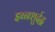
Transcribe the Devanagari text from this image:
इब्नशुर्दद्व